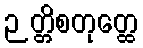
ဉတ္တိစတုတ္ထေ